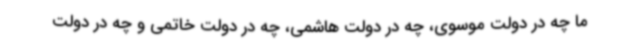
ما چه در دولت موسوی، چه در دولت هاشمی، چه در دولت خاتمی و چه در دولت